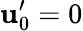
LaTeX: \mathbf{u}_{0}^{\prime}=0